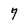
Character: 7